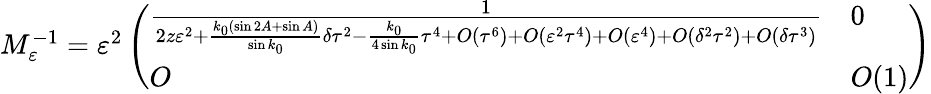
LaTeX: \begin{array}{r}{M_{\varepsilon}^{-1}=\varepsilon^{2}\left(\begin{array}{ll}{\frac{1}{2z\varepsilon^{2}+\frac{k_{0}(\sin 2A+\sin A)}{\sin k_{0}}\delta\tau^{2}-\frac{k_{0}}{4\sin k_{0}}\tau^{4}+O(\tau^{6})+O(\varepsilon^{2}\tau^{4})+O(\varepsilon^{4})+O(\delta^{2}\tau^{2})+O(\delta\tau^{3})}}&{0}\\ {O}&{O(1)}\end{array}\right)}\end{array}